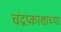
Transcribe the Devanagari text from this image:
चंद्रप्रकाशाच्या